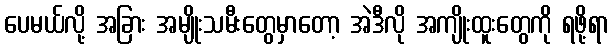
ပေမယ်လို့ အခြား အမျိုးသမီးတွေမှာတော့ အဲဒီလို အကျိုးထူးတွေကို ရဖို့ရာ